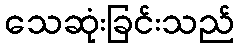
သေဆုံးခြင်းသည်